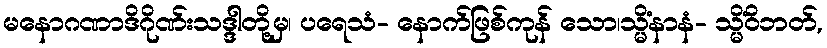
မနောဂဏာဒိဂိုဏ်းသဒ္ဒါတို့မှ၊ ပရေသံ- နောက်ဖြစ်ကုန် သော၊သ္မိံနာနံ- သ္မိံဝိဘတ်,